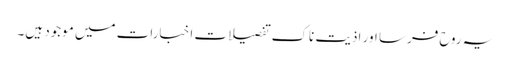
یہ روح فرسا اور اذیت ناک تفصیلات اخبارات میں موجود ہیں۔